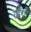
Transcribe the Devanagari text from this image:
रहेंगीं